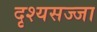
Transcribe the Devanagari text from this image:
दृश्यसज्जा